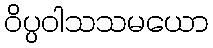
ဝိပ္ပဝါသသမယော